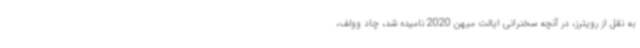
به نقل از رویترز، در آنچه سخنرانی ایالت میهن 2020 نامیده شد، چاد وولف،